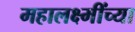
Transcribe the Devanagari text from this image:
महालक्ष्मींच्या